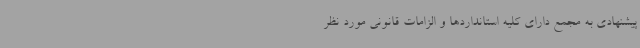
پیشنهادی به مجمع دارای کلیه استانداردها و الزامات قانونی مورد نظر